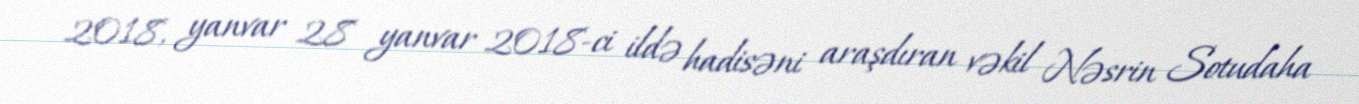
2018, yanvar 28 yanvar 2018-ci ildə hadisəni araşdıran vəkil Nəsrin Sotudaha